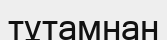
тұтамнан